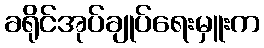
ခရိုင်အုပ်ချုပ်ရေးမှူးက